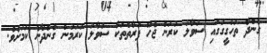
ގެންދާ ތަހުގީގުގައި ސުވާލު ކުރަން ޖެހޭ ފަރާތްތަކާ ސުވާލު ކުރަމުން ގެންދާނެ ކަމަށެވެ.